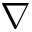
\nabla